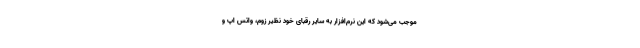
موجب می‌شود که این نرم‌افزار به سایر رقبای خود نظیر زوم، واتس اپ و